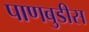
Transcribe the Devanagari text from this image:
पाणबुडीस